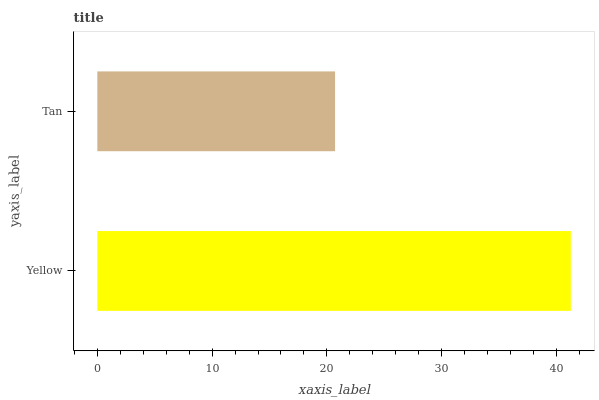
| yaxis_label | bars |
 | --- | --- |
 | Yellow | 41.3 |
 | Tan | 20.7 |